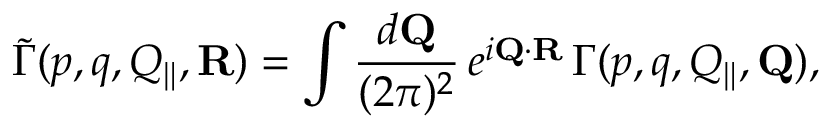
\tilde { \Gamma } ( p , q , Q _ { \| } , { \bf R } ) = \int { \frac { d { \bf Q } } { ( 2 \pi ) ^ { 2 } } } \, e ^ { i { \bf Q } \cdot { \bf R } } \, \Gamma ( p , q , Q _ { \| } , { \bf Q } ) ,